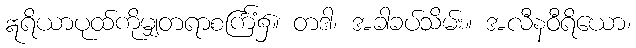
ဣရိယာပုထ်ကိုမျှတရာစင်္ကြံ၌။ တဒါ၊ အခါခပ်သိမ်း။ အလီနဝီရိယော၊